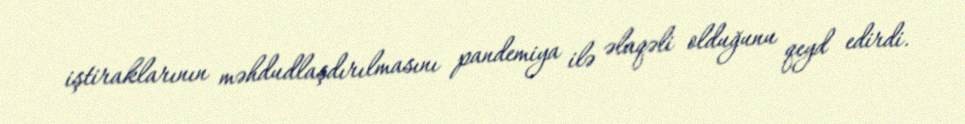
iştiraklarının məhdudlaşdırılmasını pandemiya ilə əlaqəli olduğunu qeyd edirdi.